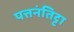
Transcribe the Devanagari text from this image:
पत्तनंतिट्टा